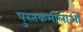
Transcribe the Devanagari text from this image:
पुस्तकमालाओं